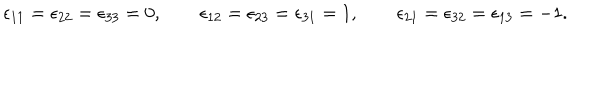
\epsilon _ { 1 1 } = \epsilon _ { 2 2 } = \epsilon _ { 3 3 } = 0 , \qquad \epsilon _ { 1 2 } = \epsilon _ { 2 3 } = \epsilon _ { 3 1 } = 1 , \qquad \epsilon _ { 2 1 } = \epsilon _ { 3 2 } = \epsilon _ { 1 3 } = - 1 .